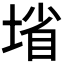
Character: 𰊄